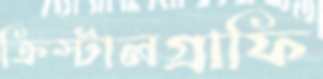
ক্রিস্টালগ্রাফি